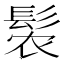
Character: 𬴩